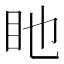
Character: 𥃸